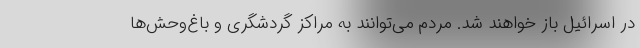
در اسرائیل باز خواهند شد. مردم می‌توانند به مراکز گردشگری و باغ‌وحش‌ها